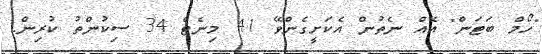
"ހޯމް ބަޓަން" އެއް ނެތުން އެކަށީގެންވޭ 41 މިނެޓް 34 ސިކުންތު ކުރިން.